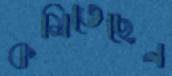
কমিতেছেন